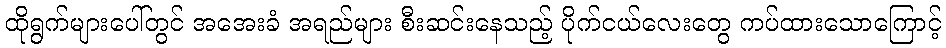
ထိုရွက်များပေါ်တွင် အအေးခံ အရည်များ စီးဆင်းနေသည့် ပိုက်ငယ်လေးတွေ ကပ်ထားသောကြောင့်